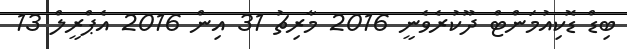
ބިޑް ޑޮކިއުމަންޓް ދޫކުރެވެނީ 2016 މާރިޗު 31 އިން 2016 އެޕްރީލް 13